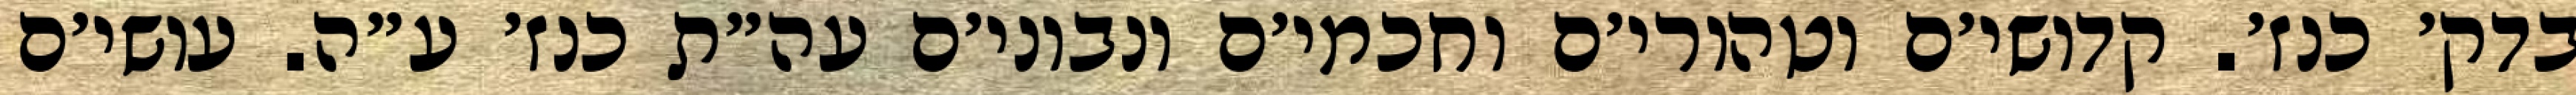
בדק׳ כנז׳. קדושי׳ם וטהורי׳ם וחכמי׳ם ונבוני׳ם עה״ת כנז׳ ע״ה. עושי׳ם